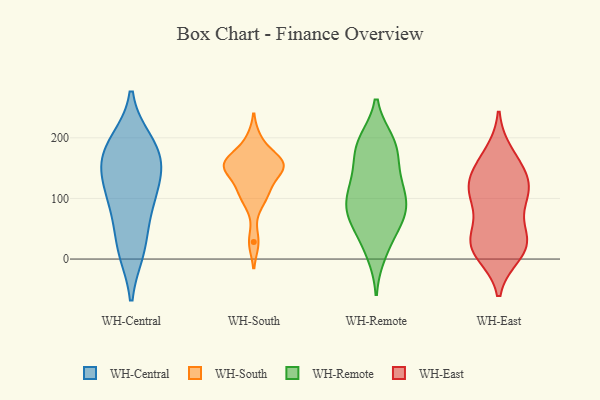
{"axis": {"x": "Temperature (°C)", "y": "Value"}, "legend": ["WH-Central", "WH-East", "WH-Remote", "WH-South"], "data": [{"x": "", "y": 189, "type": "WH-Central"}, {"x": "", "y": 79, "type": "WH-Central"}, {"x": "", "y": 112, "type": "WH-Central"}, {"x": "", "y": 20, "type": "WH-Central"}, {"x": "", "y": 155, "type": "WH-Central"}, {"x": "", "y": 16, "type": "WH-Central"}, {"x": "", "y": 101, "type": "WH-Central"}, {"x": "", "y": 152, "type": "WH-Central"}, {"x": "", "y": 164, "type": "WH-Central"}, {"x": "", "y": 192, "type": "WH-Central"}, {"x": "", "y": 197, "type": "WH-South"}, {"x": "", "y": 118, "type": "WH-South"}, {"x": "", "y": 155, "type": "WH-South"}, {"x": "", "y": 28, "type": "WH-South"}, {"x": "", "y": 158, "type": "WH-South"}, {"x": "", "y": 150, "type": "WH-South"}, {"x": "", "y": 154, "type": "WH-South"}, {"x": "", "y": 153, "type": "WH-South"}, {"x": "", "y": 94, "type": "WH-South"}, {"x": "", "y": 165, "type": "WH-South"}, {"x": "", "y": 111, "type": "WH-South"}, {"x": "", "y": 94, "type": "WH-Remote"}, {"x": "", "y": 95, "type": "WH-Remote"}, {"x": "", "y": 73, "type": "WH-Remote"}, {"x": "", "y": 74, "type": "WH-Remote"}, {"x": "", "y": 133, "type": "WH-Remote"}, {"x": "", "y": 51, "type": "WH-Remote"}, {"x": "", "y": 194, "type": "WH-Remote"}, {"x": "", "y": 194, "type": "WH-Remote"}, {"x": "", "y": 71, "type": "WH-Remote"}, {"x": "", "y": 172, "type": "WH-Remote"}, {"x": "", "y": 22, "type": "WH-Remote"}, {"x": "", "y": 107, "type": "WH-Remote"}, {"x": "", "y": 76, "type": "WH-Remote"}, {"x": "", "y": 10, "type": "WH-Remote"}, {"x": "", "y": 183, "type": "WH-Remote"}, {"x": "", "y": 134, "type": "WH-Remote"}, {"x": "", "y": 188, "type": "WH-Remote"}, {"x": "", "y": 126, "type": "WH-Remote"}, {"x": "", "y": 34, "type": "WH-East"}, {"x": "", "y": 30, "type": "WH-East"}, {"x": "", "y": 118, "type": "WH-East"}, {"x": "", "y": 25, "type": "WH-East"}, {"x": "", "y": 172, "type": "WH-East"}, {"x": "", "y": 30, "type": "WH-East"}, {"x": "", "y": 106, "type": "WH-East"}, {"x": "", "y": 108, "type": "WH-East"}, {"x": "", "y": 18, "type": "WH-East"}, {"x": "", "y": 99, "type": "WH-East"}, {"x": "", "y": 152, "type": "WH-East"}, {"x": "", "y": 117, "type": "WH-East"}, {"x": "", "y": 10, "type": "WH-East"}, {"x": "", "y": 150, "type": "WH-East"}]}